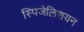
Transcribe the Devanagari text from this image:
स्पिजेलिशयन